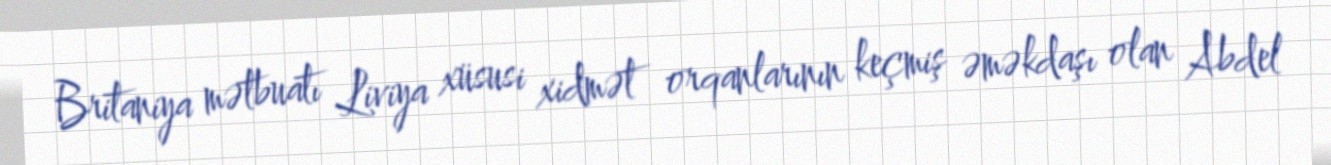
Britaniya mətbuatı Liviya xüsusi xidmət orqanlarının keçmiş əməkdaşı olan Abdel